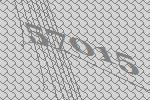
57015